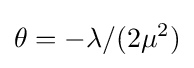
\theta =-\lambda /(2\mu ^{2})